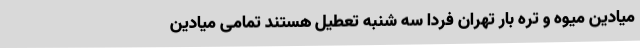
میادین میوه و تره بار تهران فردا سه شنبه تعطیل هستند تمامی میادین